Indian journal of veterinary science and animal husbandry - Volume 2,
Year: 1932
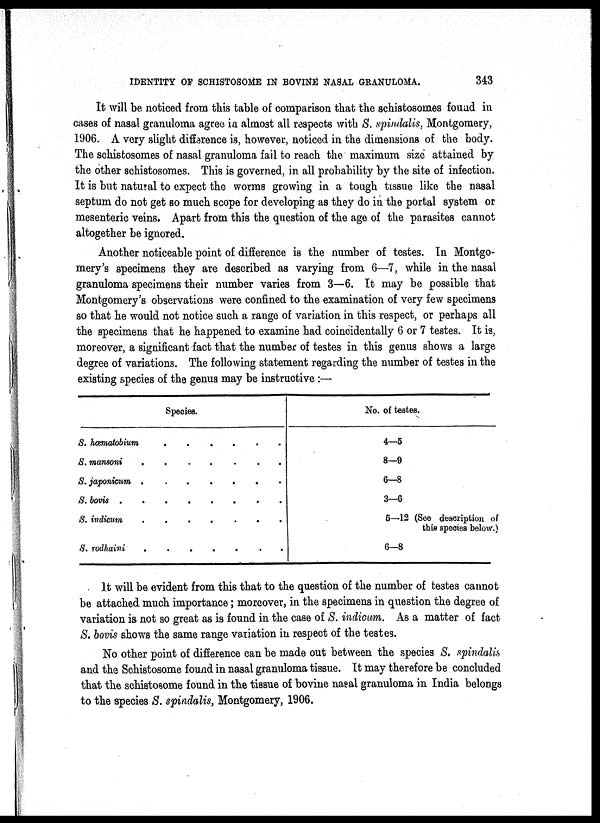
IDENTITY OF SCHISTOSOME IN BOVINE NASAL GRANULOMA.
343
It will be noticed from this table of comparison that the schistosomes found in
cases of nasal granuloma agree in almost all respects with S. spindalis, Montgomery,
1906. A very slight difference is, however, noticed in the dimensions of the body.
The schistosomes of nasal granuloma fail to reach the maximum size attained by
the other schistosomes. This is governed, in all probability by the site of infection.
It is but natural to expect the worms growing in a tough tissue like the nasal
septum do not get so much scope for developing as they do in the portal system or
mesenteric veins. Apart from this the question of the age of the parasites cannot
altogether be ignored.
Another noticeable point of difference is the number of testes. In Montgo-
mery's specimens they are described as varying from 6—7, while in the nasal
granuloma specimens their number varies from 3—6. It may be possible that
Montgomery's observations were confined to the examination of very few specimens
so that he would not notice such a range of variation in this respect, or perhaps all
the specimens that he happened to examine had coincidentally 6 or 7 testes. It is,
moreover, a significant fact that the number of testes in this genus shows a large
degree of variations. The following statement regarding the number of testes in the
existing species of the genus may be instructive :—
Species.
S. hæmatobium . . . . . .
S. mansoni . . . . . .
S. japonicum . . . . . .
S. bovis .
.
.
.
.
.
.
S. indicum . . . . . .
S. rodhaini . . . . . .
No. of testes.
4—5
8—9
6—8
3—6
5—12 (See description of
this species below.)
6—8
It will be evident from this that to the question of the number of testes cannot
be attached much importance; moreover, in the specimens in question the degree of
variation is not so great as is found in the case of S. indicum. As a matter of fact
S. bovis shows the same range variation in respect of the testes.
No other point of difference can be made out between the species S. spindalis
and the Schistosome found in nasal granuloma tissue. It may therefore be concluded
that the schistosome found in the tissue of bovine naeal granuloma in India belongs
to the species S. spindalis, Montgomery, 1906.